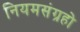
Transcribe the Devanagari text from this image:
नियमसंग्रहो